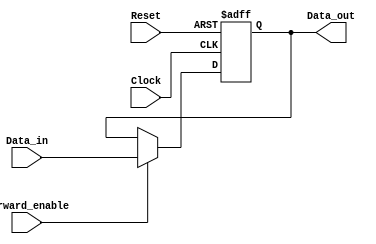
module ForwardingRegister #(
    parameter DATA_WIDTH = 32  // Define the width of the data
)(
    input wire [DATA_WIDTH-1:0] Data_in,     // Input data
    input wire Forward_enable,                 // Control signal for forwarding
    input wire Clock,                          // Clock signal
    input wire Reset,                          // Asynchronous reset
    output reg [DATA_WIDTH-1:0] Data_out      // Output data
);

    // Asynchronous reset and synchronous data capture
    always @(posedge Clock or posedge Reset) begin
        if (Reset) begin
            Data_out <= {DATA_WIDTH{1'b0}};    // Clear output to 0
        end else if (Forward_enable) begin
            Data_out <= Data_in;               // Forward new data
        end // else retains previous value
    end

endmodule